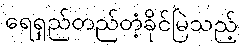
ရေရှည်တည်တံ့ခိုင်မြဲသည့်